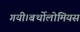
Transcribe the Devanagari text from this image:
गयी।बर्थोलोमियस